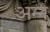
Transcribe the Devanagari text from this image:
अन्न्